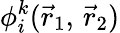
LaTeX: \phi_{i}^{k}({\vec{r}}_{1},\, {\vec{r}}_{2})